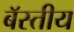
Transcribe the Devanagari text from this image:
बॅस्तीय